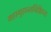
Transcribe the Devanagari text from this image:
महागुहान्तर्निक्षिप्तः